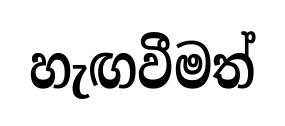
හැඟවීමත්